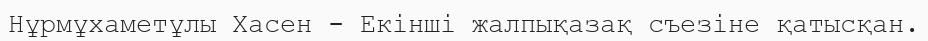
Нұрмұхаметұлы Хасен - Екінші жалпықазақ съезіне қатысқан.